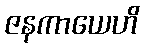
ဇနကာယေဟိ